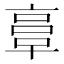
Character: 𠅷